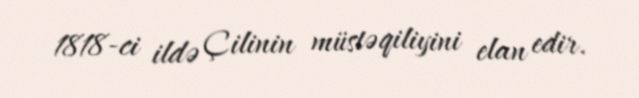
1818-ci ildə Çilinin müstəqiliyini elan edir.